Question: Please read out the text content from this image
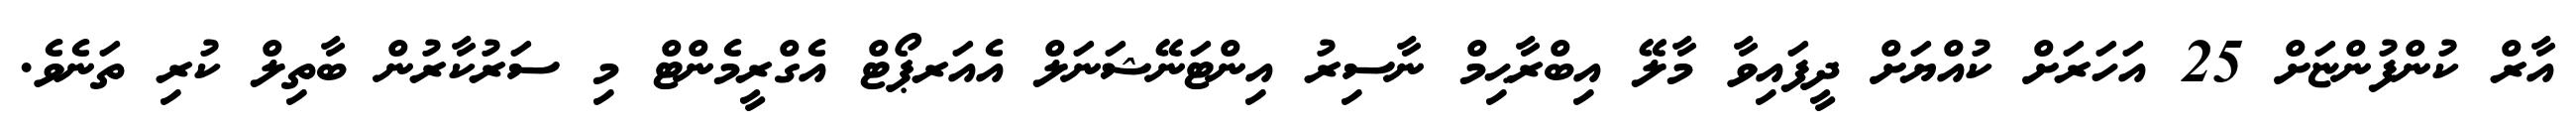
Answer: އާރް ކުންފުންޏަށް 25 އަހަރަށް ކުއްޔަށް ދީފައިވާ މާލޭ އިބްރާޙިމް ނާސިރު އިންޓަނޭޝަނަލް އެއަރޕޯޓް އެގްރީމެންޓް މި ސަރުކާރުން ބާތިލް ކުރި ތަނެވެ.